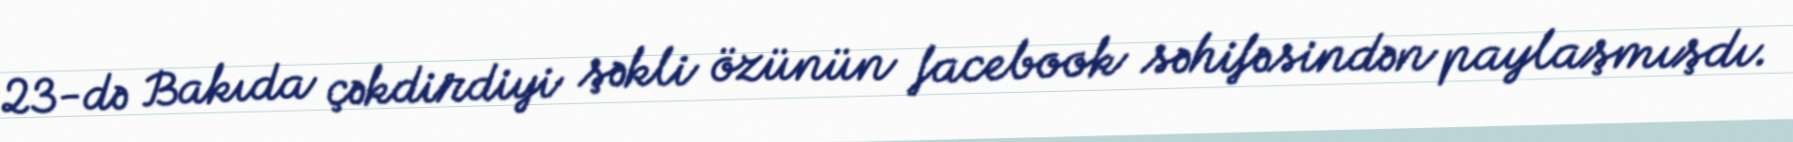
23-də Bakıda çəkdirdiyi şəkli özünün facebook səhifəsindən paylaşmışdı.